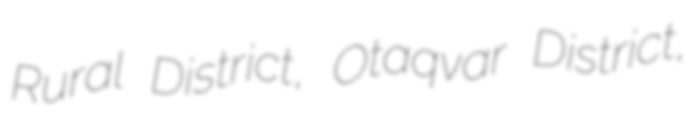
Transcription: Rural District, Otaqvar District,